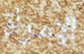
الإمرأة